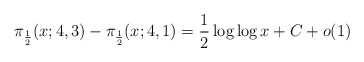
\begin{align*}\pi_{\frac{1}{2}}(x; 4, 3)-\pi_{\frac{1}{2}}(x; 4, 1) = \frac{1}{2} \log \log x+C+o(1)\end{align*}